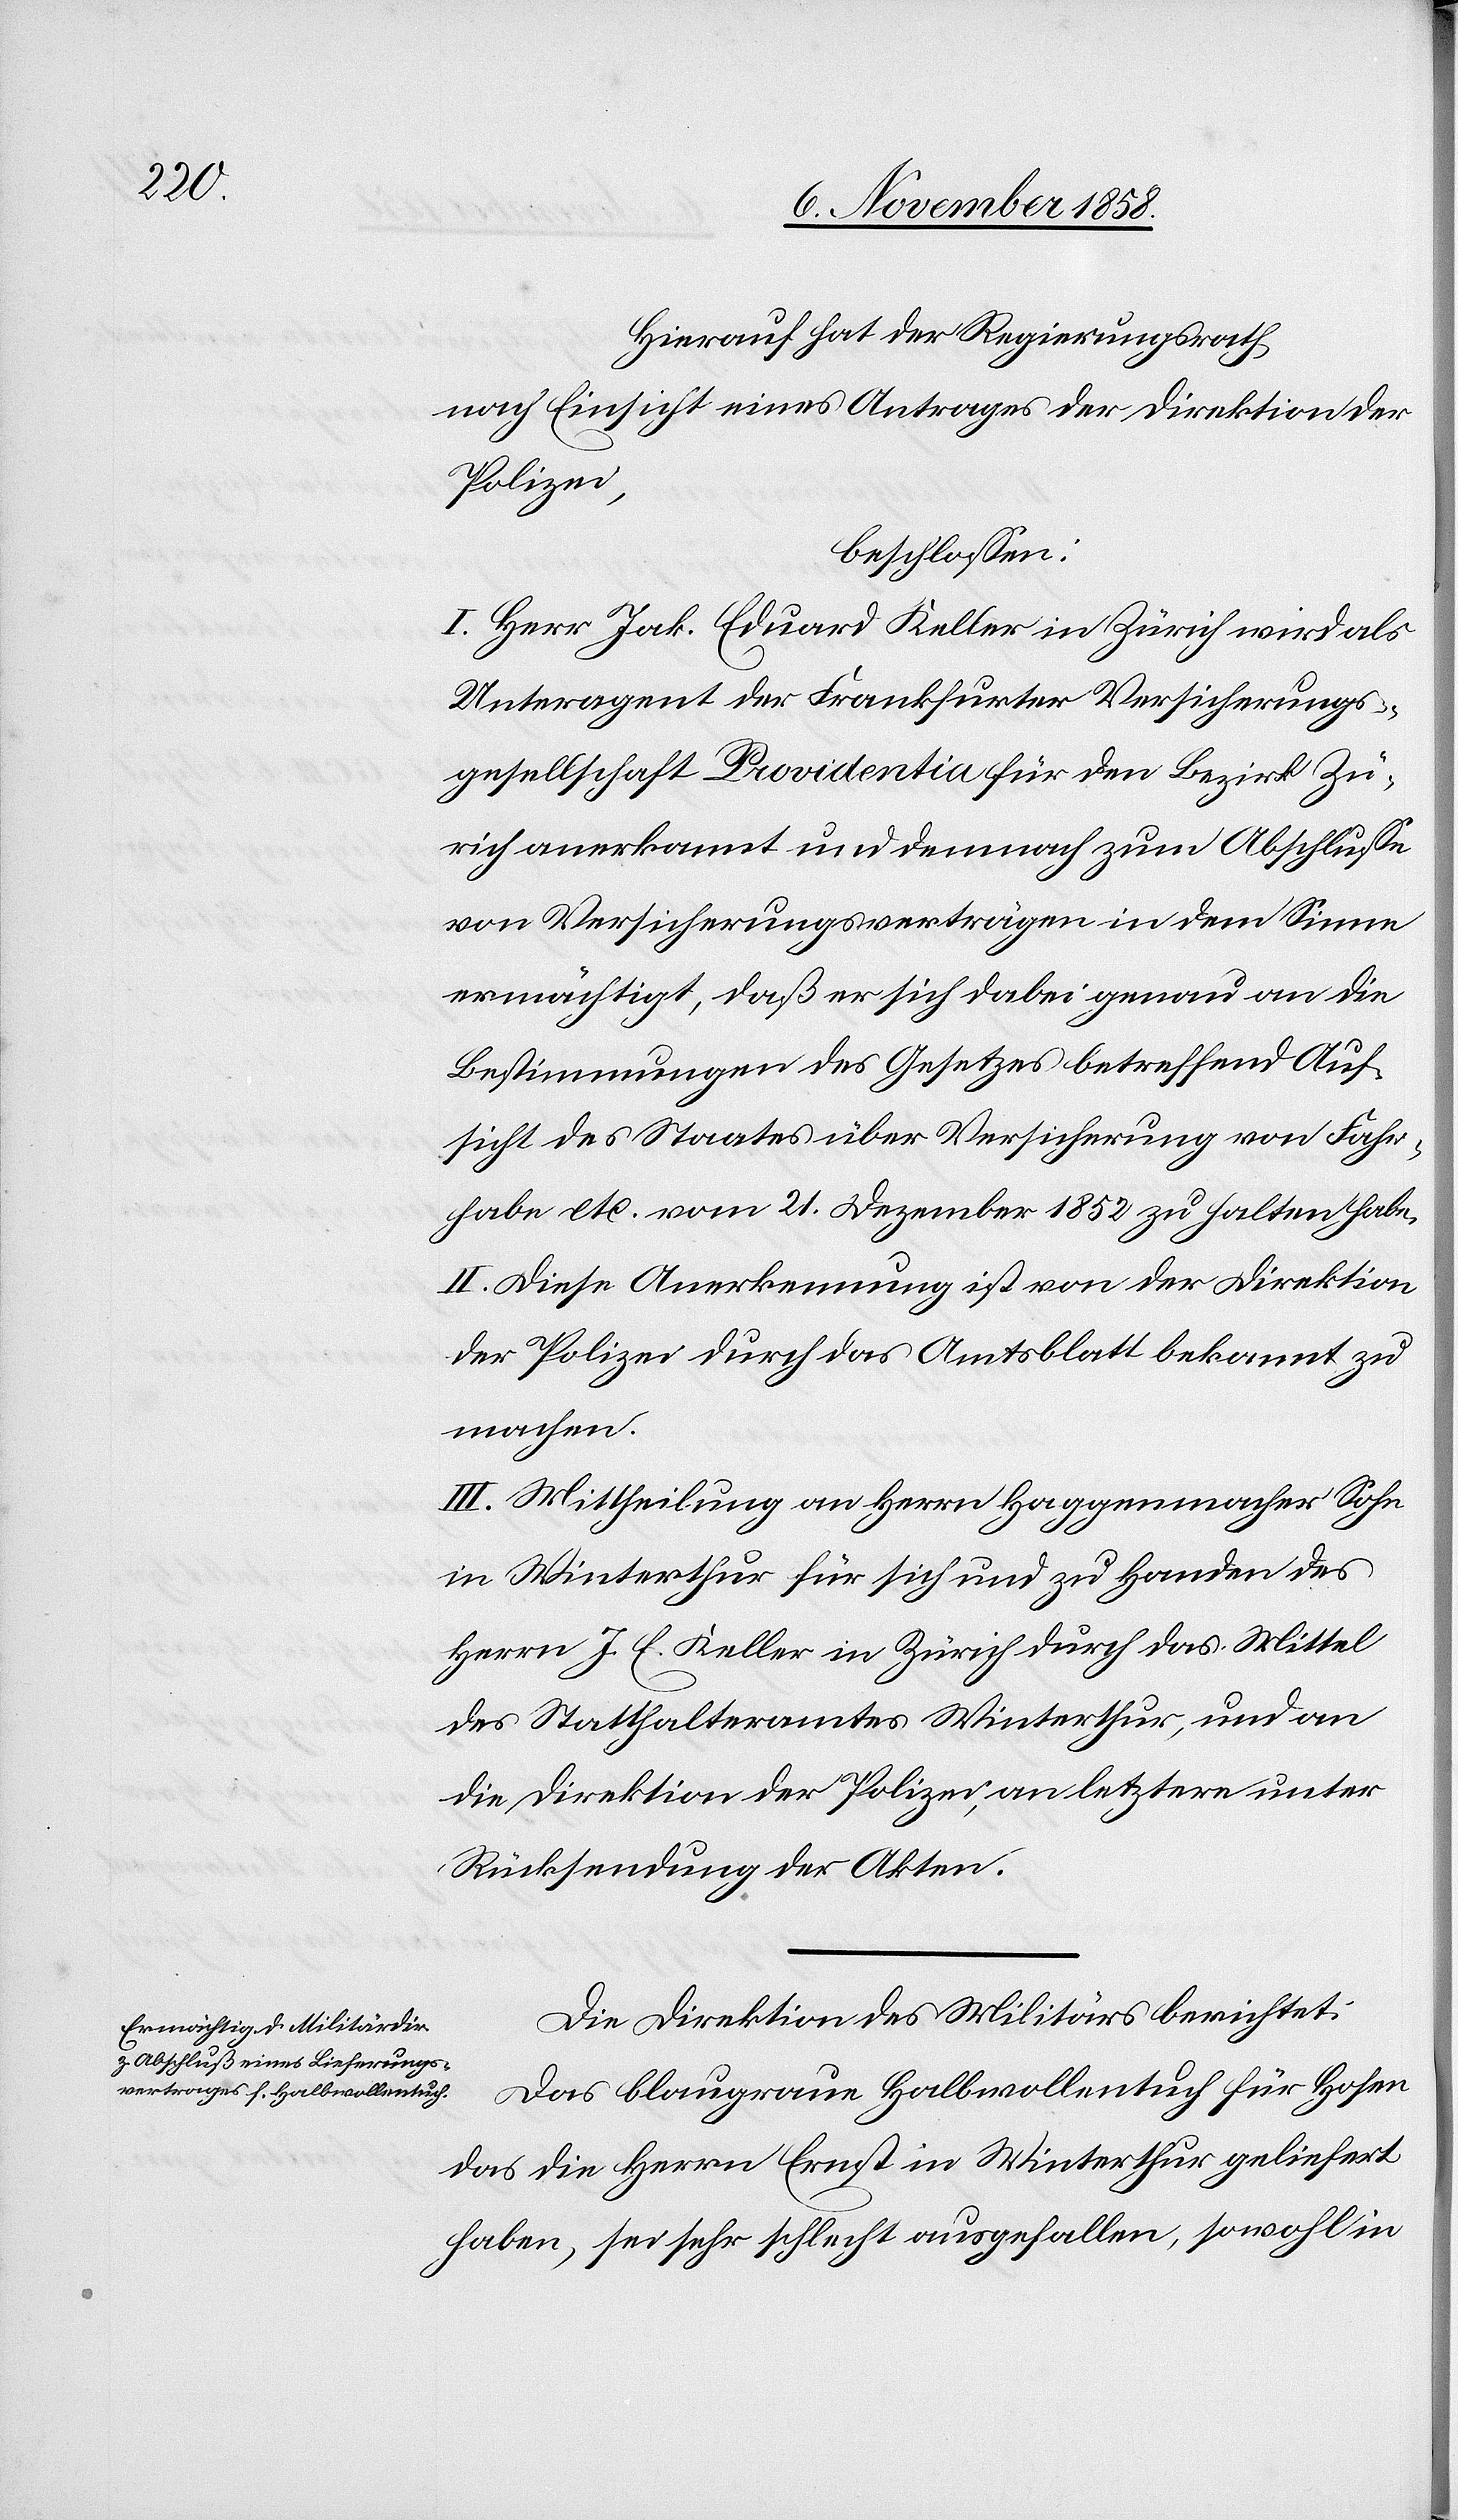
Hierauf hat der Regierungsrath,
nach Einsicht eines Antrages der Direktion der
Polizei,
beschlossen:
I. Herr Jak. Eduard Keller in Zürich wird als
Unteragent der Frankfurter Versicherungs¬
gesellschaft Providentia für den Bezirk Zü¬
rich anerkannt und demnach zum Abschlusse
von Versicherungsverträgen in dem Sinne
ermächtigt, daß er sich dabei genau an die
Bestimmungen des Gesetzes betreffend Auf¬
sicht des Staates über Versicherung von Fahr¬
habe etc. vom 21. Dezember 1852 zu halten habe.
II. Diese Anerkennung ist von der Direktion
der Polizei durch das Amtsblatt bekannt zu
machen.
III. Mittheilung an Herrn Haggenmacher Sohn
in Winterthur für sich und zu Handen des
Herrn J. E. Keller in Zürich durch das Mittel
des Statthalteramtes Winterthur, und an
die Direktion der Polizei, an letztere unter
Rücksendung der Akten.
Die Direktion des Militärs berichtet:
Das blaugraue Halbwollentuch für Hosen
das die Herrn Ernst in Winterthur geliefert
haben, sei sehr schlecht ausgefallen, sowohl in